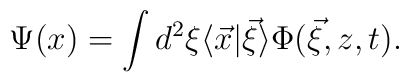
\Psi(x)=\int d^{2}\xi\langle\vec{x}|\vec{\xi}\rangle\Phi(\vec{\xi},z,t).